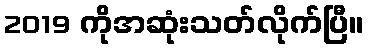
2019 ကိုအဆုံးသတ်လိုက်ပြီ။